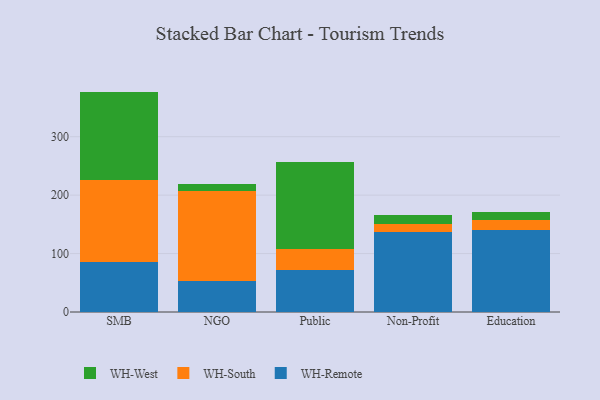
{"axis": {"x": "Segment", "y": "Satisfaction Score"}, "legend": ["WH-Remote", "WH-South", "WH-West"], "data": [{"x": "SMB", "y": 85.0, "type": "WH-Remote"}, {"x": "SMB", "y": 140.4, "type": "WH-South"}, {"x": "SMB", "y": 151.8, "type": "WH-West"}, {"x": "NGO", "y": 53.7, "type": "WH-Remote"}, {"x": "NGO", "y": 153.0, "type": "WH-South"}, {"x": "NGO", "y": 12.9, "type": "WH-West"}, {"x": "Public", "y": 72.4, "type": "WH-Remote"}, {"x": "Public", "y": 35.6, "type": "WH-South"}, {"x": "Public", "y": 148.0, "type": "WH-West"}, {"x": "Non-Profit", "y": 136.9, "type": "WH-Remote"}, {"x": "Non-Profit", "y": 13.3, "type": "WH-South"}, {"x": "Non-Profit", "y": 15.0, "type": "WH-West"}, {"x": "Education", "y": 141.2, "type": "WH-Remote"}, {"x": "Education", "y": 15.8, "type": "WH-South"}, {"x": "Education", "y": 14.0, "type": "WH-West"}]}